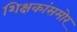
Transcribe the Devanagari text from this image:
शिक्षकांसमोर